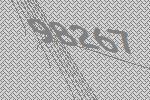
98267